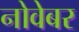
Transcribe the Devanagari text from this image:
नोवेबर